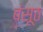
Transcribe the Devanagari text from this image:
बंसूठ